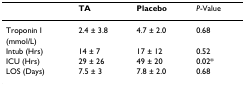
<table><thead><tr><td></td><td><b>TA</b></td><td><b>Placebo</b></td><td><b><i>P</i>-Value</b></td></tr></thead><tbody><tr><td>Troponin I</td><td>2.4 ± 3.8</td><td>4.7 ± 2.0</td><td>0.68</td></tr><tr><td>(mmol/L)</td><td></td><td></td><td></td></tr><tr><td>Intub (Hrs)</td><td>14 ± 7</td><td>17 ± 12</td><td>0.52</td></tr><tr><td>ICU (Hrs)</td><td>29 ± 26</td><td>49 ± 20</td><td>0.02*</td></tr><tr><td>LOS (Days)</td><td>7.5 ± 3</td><td>7.8 ± 2.0</td><td>0.68</td></tr></tbody></table>